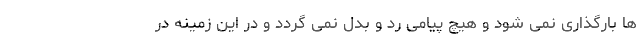
ها بارگذاری نمی شود و هیچ پیامی رد و بدل نمی گردد و در این زمینه در